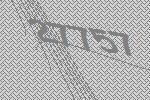
27757